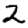
Digit: 2